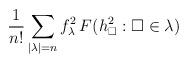
LaTeX: \begin{align*}\frac{1}{n!}\sum_{|\lambda|= n}f_\lambda^2\, F(h_{\square}^2: {\square}\in\lambda)\end{align*}